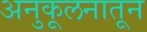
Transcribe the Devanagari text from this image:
अनुकूलनातून